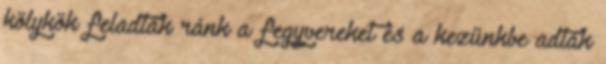
kölykök feladták ránk a fegyvereket és a kezünkbe adták